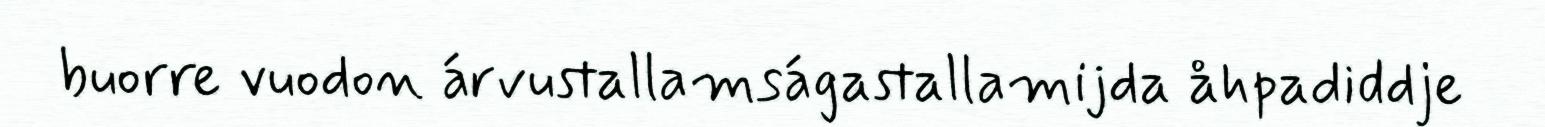
buorre vuodon árvustallamságastallamijda åhpadiddje